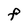
Character: F